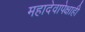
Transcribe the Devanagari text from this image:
महादेवापेक्षाही